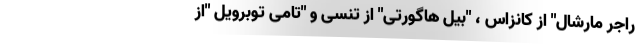
راجر مارشال" از کانزاس ، "بیل هاگورتی" از تنسی و "تامی توبرویل "از